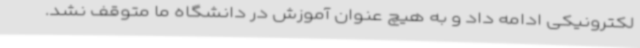
لکترونیکی ادامه داد و به هیچ عنوان آموزش در دانشگاه ما متوقف نشد.